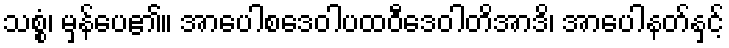
သစ္စံ၊ မှန်ပေ၏။ အာပေါစဒေဝါပထဝီဒေဝါတိအာဒိ၊ အာပေါနတ်နှင့်